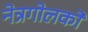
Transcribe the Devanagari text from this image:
नेत्रगोलकों